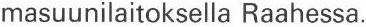
masuunilaitoksella Raahessa.